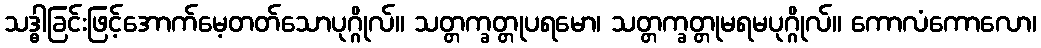
သဒ္ဓါခြင်းဖြင့်အောက်မေ့တတ်သောပုဂ္ဂိုလ်။ သတ္တက္ခတ္တုပရမော၊ သတ္တက္ခတ္တုမရမပုဂ္ဂိုလ်။ ကောလံကောလော၊